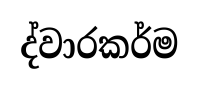
ද්වාරකර්ම